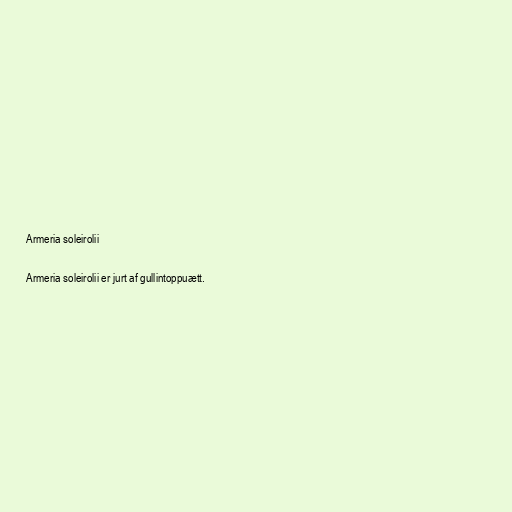
Armeria soleirolii

Armeria soleirolii er jurt af gullintoppuætt.